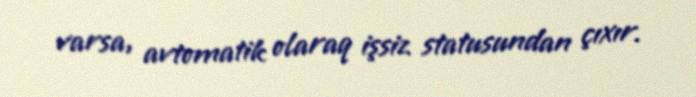
varsa, avtomatik olaraq işsiz statusundan çıxır.